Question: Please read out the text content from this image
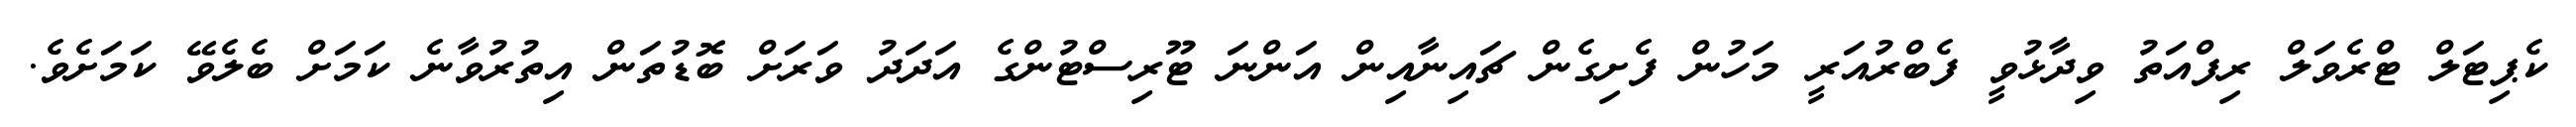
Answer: ކެޕިޓަލް ޓްރެވަލް ރިފްއަތު ވިދާޅުވީ ފެބްރުއަރީ މަހުން ފެށިގެން ޗައިނާއިން އަންނަ ޓޫރިސްޓުންގެ އަދަދު ވަރަށް ބޮޑުތަން އިތުރުވާނެ ކަމަށް ބެލެވޭ ކަމަށެވެ.